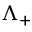
\Lambda _ { + }